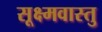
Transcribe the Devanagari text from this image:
सूक्ष्मवास्तु